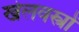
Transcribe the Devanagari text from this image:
खेलवस्त्रों